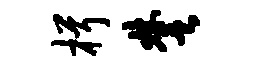
楫楚